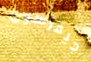
جيفرسون